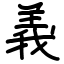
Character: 義